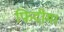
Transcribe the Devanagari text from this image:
फिदीम।